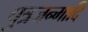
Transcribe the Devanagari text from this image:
पुत्रजन्मादि